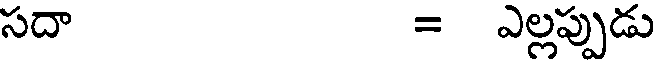
సదా = ఎల్లప్పుడు